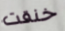
خنقت